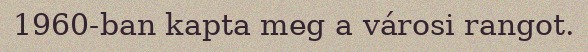
1960-ban kapta meg a városi rangot.